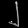
Digit: ၂